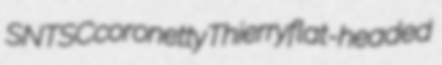
SNTSC coronetty Thierry flat-headed